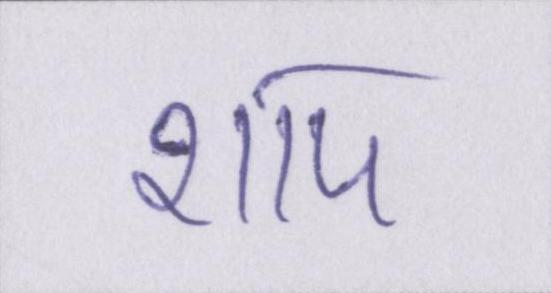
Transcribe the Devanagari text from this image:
शाप